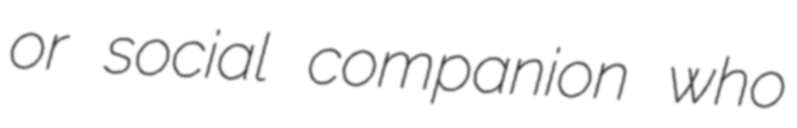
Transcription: or social companion who